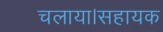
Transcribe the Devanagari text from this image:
चलाया।सहायक